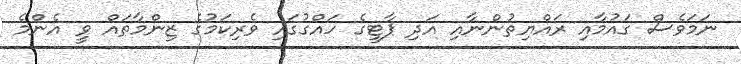
ނަމަވެސް ގައުމާއި ރައްޔިތުންނާއި އަދި ޕާޓީގެ ހައްގުގައި ވެރިކަމުގެ ޒިންމާތައް ވީ އެންމެ